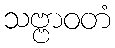
သဗ္ဗာဝတံ